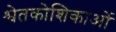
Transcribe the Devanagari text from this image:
श्वेतकोशिकाओं